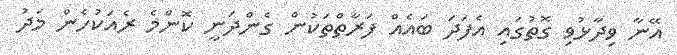
އޭނާ ވިދާޅުވި ގޮތުގައި އެފަދަ ބައެއް ފަރާތްތަކުން ގެންދަނީ ކޮންމެ ރެއަކުހެން މަދު